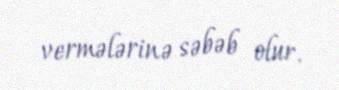
vermələrinə səbəb olur.